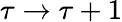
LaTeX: \tau\to\tau+1